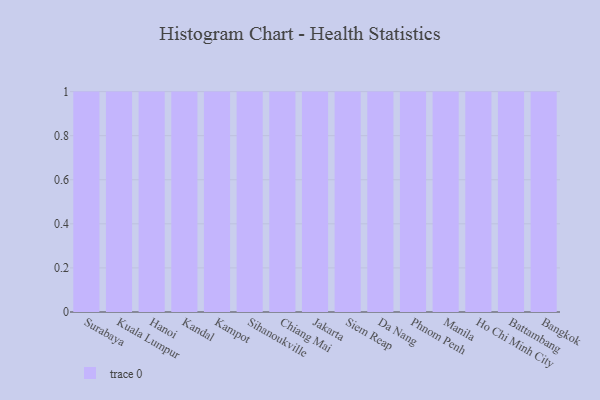
{"axis": {"x": "City", "y": "Conversion Rate (%)"}, "legend": [""], "data": [{"x": "Surabaya", "y": 27, "type": ""}, {"x": "Kuala Lumpur", "y": 24, "type": ""}, {"x": "Hanoi", "y": 75, "type": ""}, {"x": "Kandal", "y": 35, "type": ""}, {"x": "Kampot", "y": 83, "type": ""}, {"x": "Sihanoukville", "y": 51, "type": ""}, {"x": "Chiang Mai", "y": 76, "type": ""}, {"x": "Jakarta", "y": 8, "type": ""}, {"x": "Siem Reap", "y": 65, "type": ""}, {"x": "Da Nang", "y": 79, "type": ""}, {"x": "Phnom Penh", "y": 27, "type": ""}, {"x": "Manila", "y": 99, "type": ""}, {"x": "Ho Chi Minh City", "y": 41, "type": ""}, {"x": "Battambang", "y": 41, "type": ""}, {"x": "Bangkok", "y": 50, "type": ""}]}